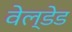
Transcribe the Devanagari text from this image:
वेल्डेड